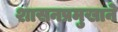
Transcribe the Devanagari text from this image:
शासनप्रमुखाने